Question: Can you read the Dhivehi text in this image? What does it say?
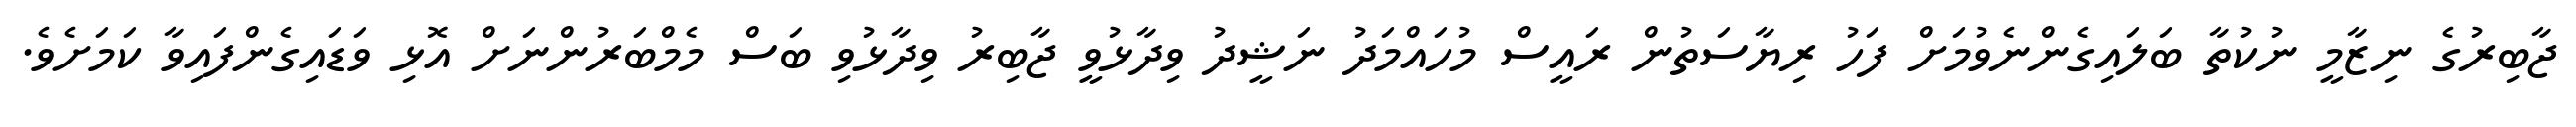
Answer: ޖާބިރުގެ ނިޒާމީ ނުކުތާ ބަލައިގެންނެވުމަށް ފަހު ރިޔާސަތުން ރައީސް މުހައްމަދު ނަޝީދު ވިދާޅުވީ ޖާބިރު ވިދާޅުވި ބަސް މެމްބަރުންނަށް އޮޅި ވަޑައިގެންފައިވާ ކަމަށެވެ.